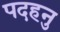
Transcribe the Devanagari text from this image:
पदहनु